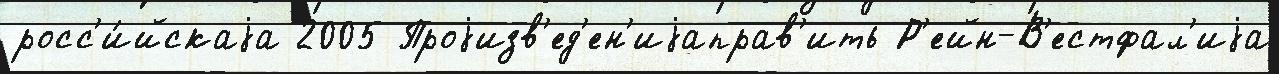
росс'и́йскаjа 2005 Проjизв'ед'ен'иjаправ'ить Р'ейн-В'естфал'иjа